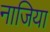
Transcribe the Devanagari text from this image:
नाजिया